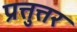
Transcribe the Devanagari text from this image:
प्रत्तुत्तर